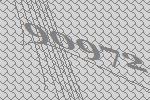
90972